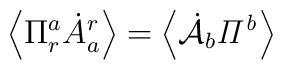
\left\langle \Pi^a_r\dot A^r_a \right\rangle = \left\langle \dot{{\cal A}}_b{\it \Pi^b} \right\rangle